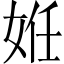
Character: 姙